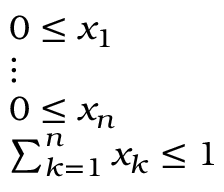
\begin{array} { l } { 0 \leq x _ { 1 } } \\ { \vdots } \\ { 0 \leq x _ { n } } \\ { \sum _ { k = 1 } ^ { n } x _ { k } \leq 1 } \end{array}